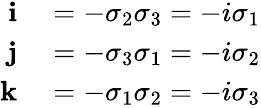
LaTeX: \begin{array}{rl}{\mathbf{i}}&{{}=-\sigma_{2}\sigma_{3}=-i\sigma_{1}}\\ {\mathbf{j}}&{{}=-\sigma_{3}\sigma_{1}=-i\sigma_{2}}\\ {\mathbf{k}}&{{}=-\sigma_{1}\sigma_{2}=-i\sigma_{3}}\end{array}